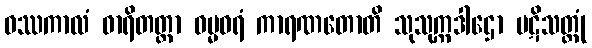
ဝဿကာလံ ဓာရိတတ္တာ ဓမ္မဓရံ ကာရဏတောတိ သုသုက္ကဒါဌော ပဋိသတ္တုံ